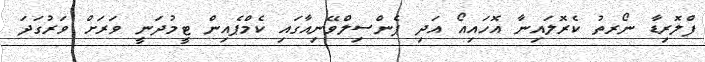
ފްލޮރިޑާ ނޯރތު ކެރޮލައިނާ އޮހައިއޯ އަދި ޕެންސިލްވޭނިއާގައި ކެމްޕެއިން ޓީމުދަނީ ވަރަށް ވަރުގަދަ